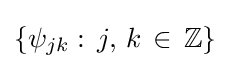
\{\psi _{jk}:\,j,\,k\,\in \,\mathbb {Z} \}